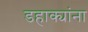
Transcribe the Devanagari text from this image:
डहाक्यांना